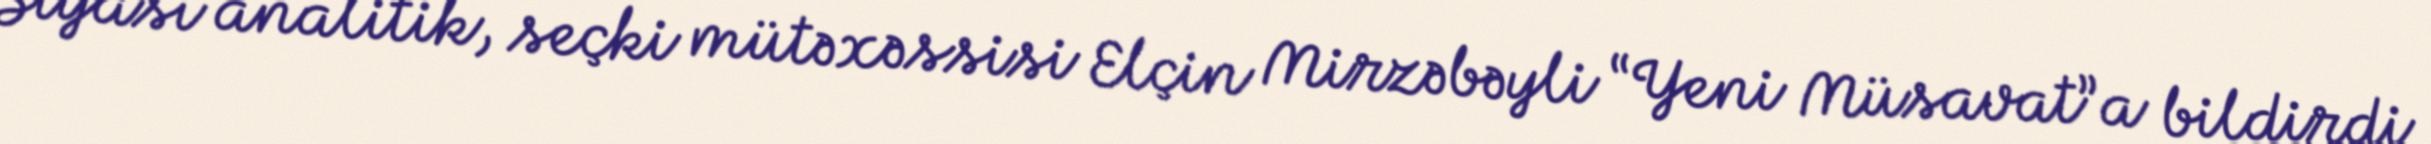
Siyasi analitik, seçki mütəxəssisi Elçin Mirzəbəyli “Yeni Müsavat”a bildirdi